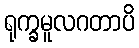
ရုက္ခမူလဂတာပိ